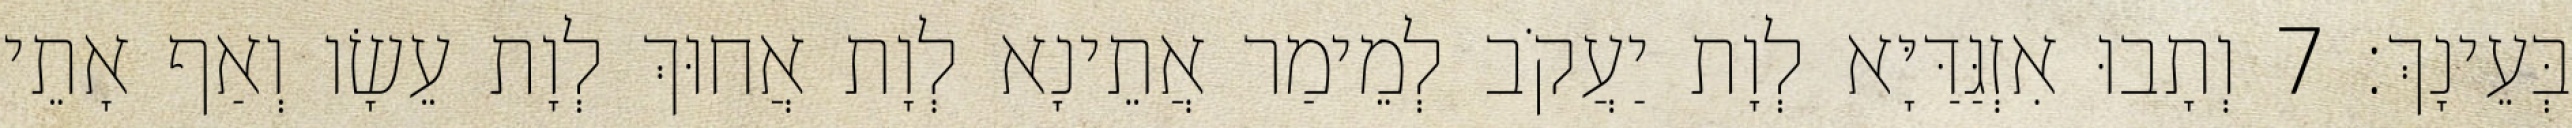
בְּעֵינָךְ׃ 7 וְתָבוּ אִזְגַּדַּיָּא לְוָת יַעֲקֹב לְמֵימַר אֲתֵינָא לְוָת אֲחוּךְ לְוָת עֵשָׂו וְאַף אָתֵי